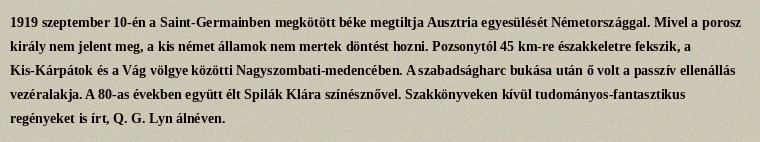
1919 szeptember 10-én a Saint-Germainben megkötött béke megtiltja Ausztria egyesülését Németországgal. Mivel a porosz király nem jelent meg, a kis német államok nem mertek döntést hozni. Pozsonytól 45 km-re északkeletre fekszik, a Kis-Kárpátok és a Vág völgye közötti Nagyszombati-medencében. A szabadságharc bukása után ő volt a passzív ellenállás vezéralakja. A 80-as években együtt élt Spilák Klára színésznővel. Szakkönyveken kívül tudományos-fantasztikus regényeket is írt, Q. G. Lyn álnéven.